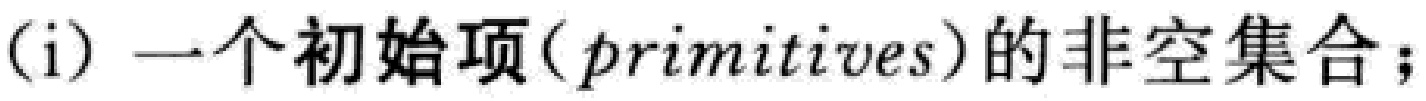
(i) 一个初始项(primitives)的非空集合；